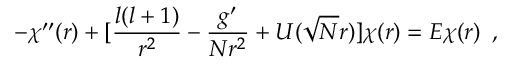
- \chi ^ { \prime \prime } ( r ) + [ \frac { l ( l + 1 ) } { r ^ { 2 } } - \frac { g ^ { \prime } } { N r ^ { 2 } } + U ( \sqrt { N } r ) ] \chi ( r ) = E \chi ( r ) \, \, \, ,